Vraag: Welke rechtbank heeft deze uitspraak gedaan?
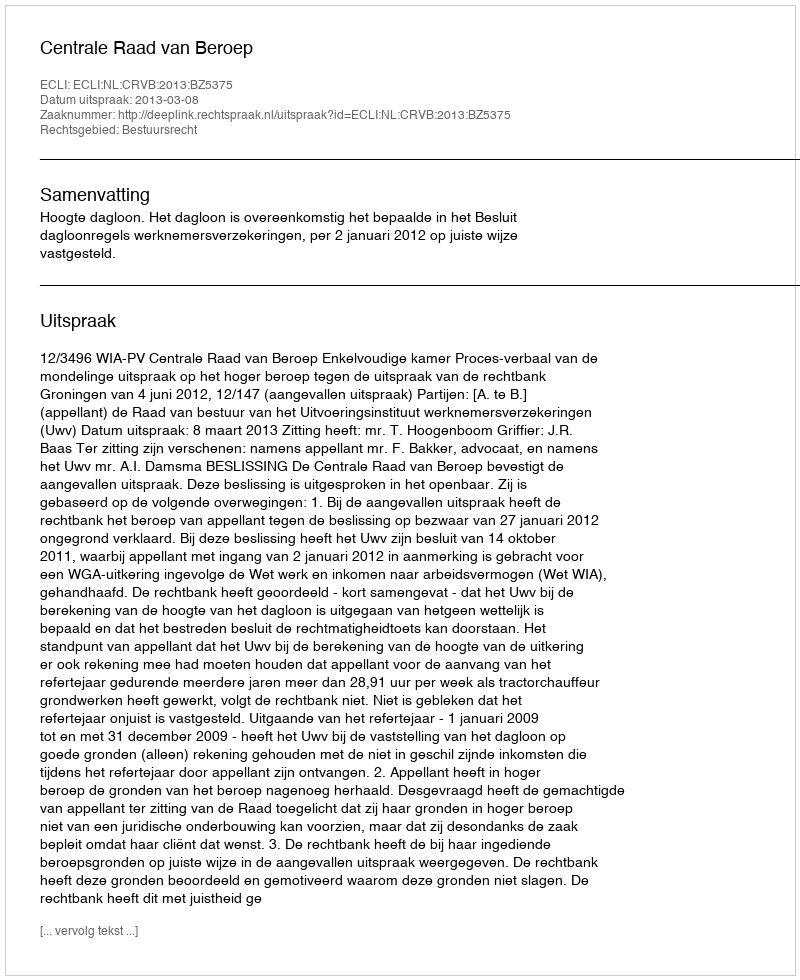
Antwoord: Centrale Raad van Beroep